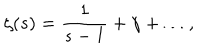
\zeta ( s ) = \frac { 1 } { s - 1 } + \gamma + \dots ,